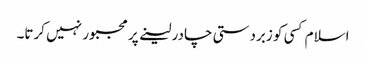
اسلام کسی کو زبردستی چادر لینے پر مجبور نہیں کرتا۔